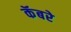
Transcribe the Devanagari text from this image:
कॅबरे